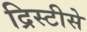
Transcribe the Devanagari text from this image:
द्रिस्टीसे